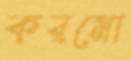
করমো